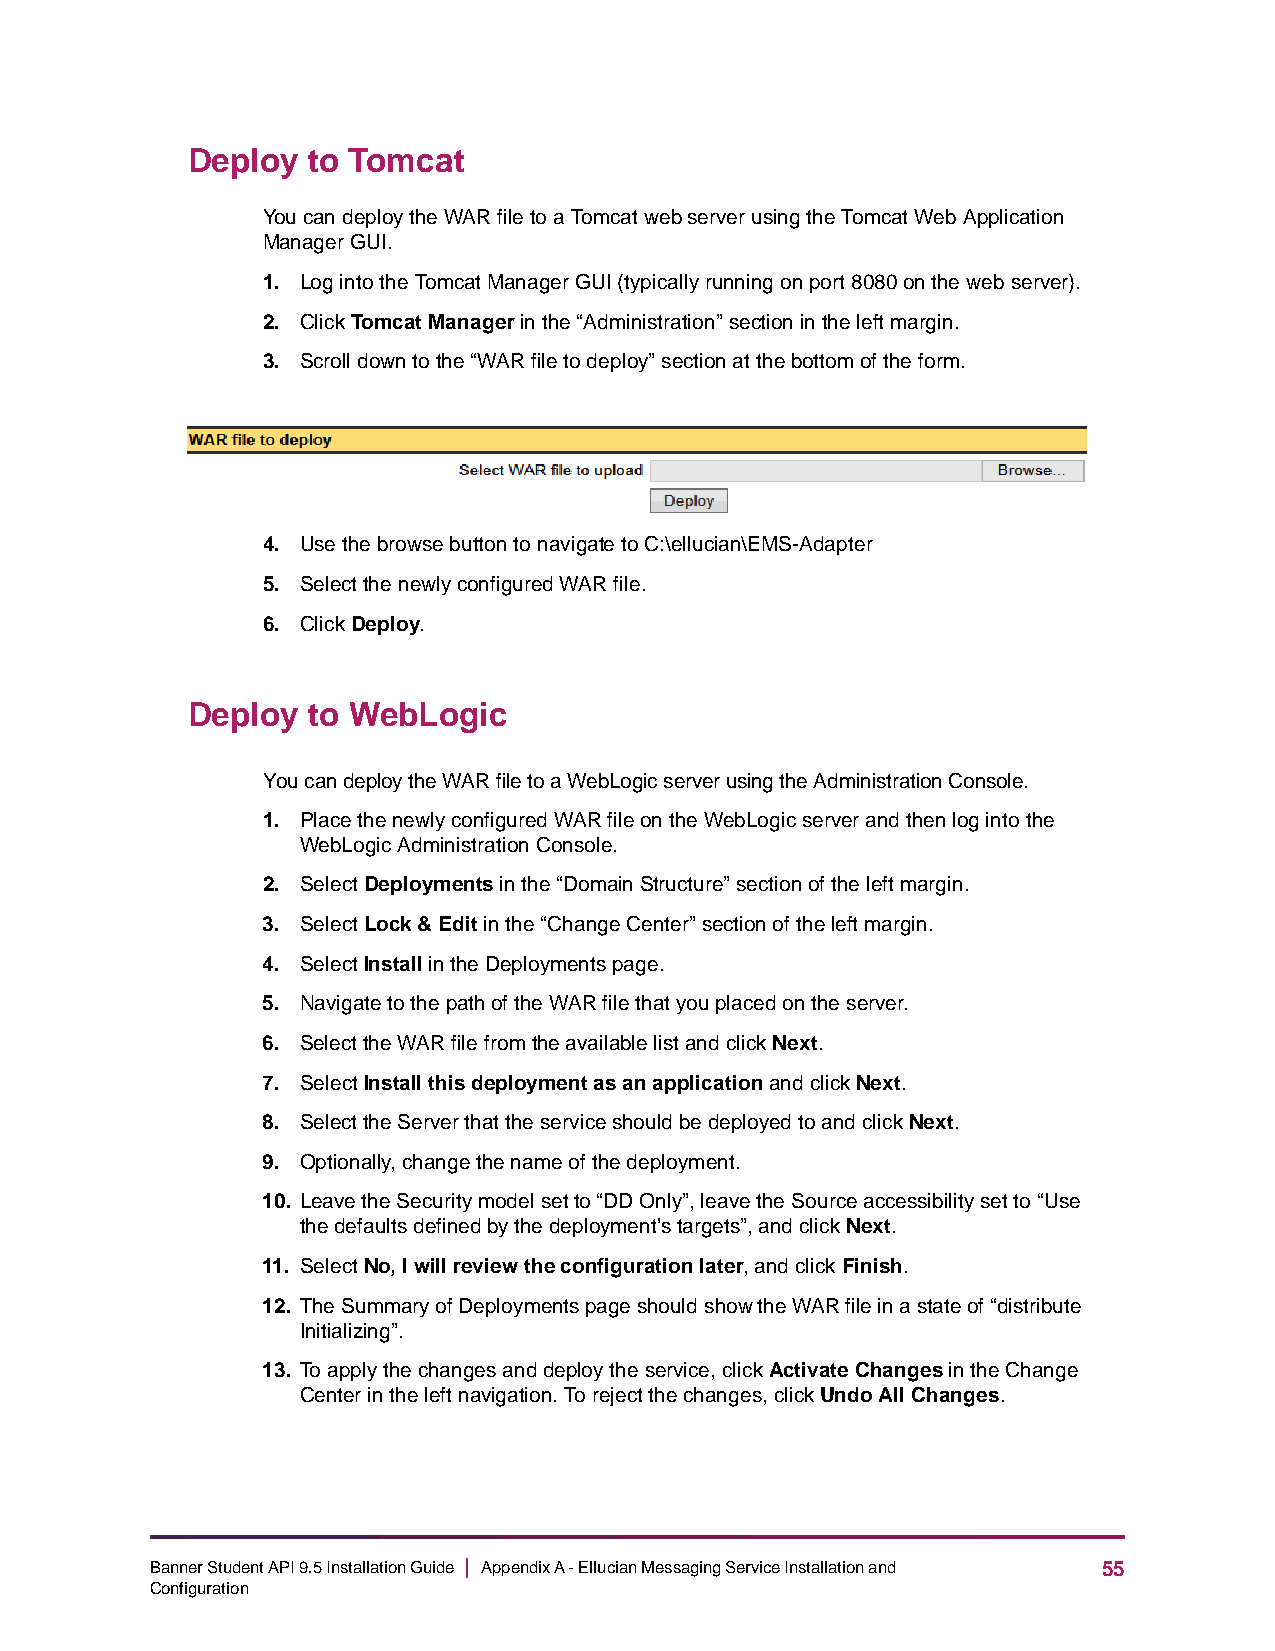
Deploy  to Tomcat
 You can deploy the WAR file to a Tomcat web server using the Tomcat Web Application
 Manager GUI.
 1. Log into the Tomcat Manager GUI (typically running on port 8080 on the web server).
 2. Click Tomcat Manager in the “Administration” section in the left margin.
 3. Scroll down to the “WAR file to deploy” section at the bottom of the form.
 4. Use the browse button to navigate to C:\ellucian\EMS-Adapter
 5. Select the newly configured WAR file.
 6. Click Deploy.
 Deploy  to WebLogic
 You can deploy the WAR file to a WebLogic server using the Administration Console.
 1. Place the newly configured WAR file on the WebLogic server and then log into the
 WebLogic Administration Console.
 2. Select Deployments in the “Domain Structure” section of the left margin.
 3. Select Lock & Edit in the “Change Center” section of the left margin.
 4. Select Install in the Deployments page.
 5. Navigate to the path of the WAR file that you placed on the server.
 6. Select the WAR file from the available list and click Next.
 7. Select Install this deployment as an application and click Next.
 8. Select the Server that the service should be deployed to and click Next.
 9. Optionally, change the name of the deployment.
 10. Leave the Security model set to “DD Only”, leave the Source accessibility set to “Use
 the defaults defined by the deployment’s targets”, and click Next.
 11. Select No, I will review the configuration later, and click Finish.
 12. The Summary of Deployments page should show the WAR file in a state of “distribute
 Initializing”.
 13. To apply the changes and deploy the service, click Activate Changes in the Change
 Center in the left navigation. To reject the changes, click Undo All Changes.
 Banner Student API 9.5 Installation Guide | Appendix A - Ellucian Messaging Service Installation and 55
 Configuration